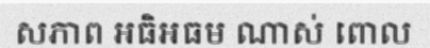
សភាព អធិអធម ណាស់ ពោល